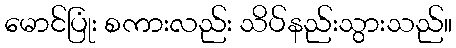
မောင်ပြုံး စကားလည်း သိပ်နည်းသွားသည်။